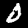
Digit: 0